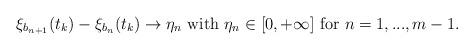
LaTeX: \begin{align*}\xi_{b_{n+1}}(t_k)-\xi_{b_n}(t_k)\to\eta_n \mbox{ with } \eta_n\in [0,+\infty] \mbox{ for } n=1,..., m-1.\end{align*}